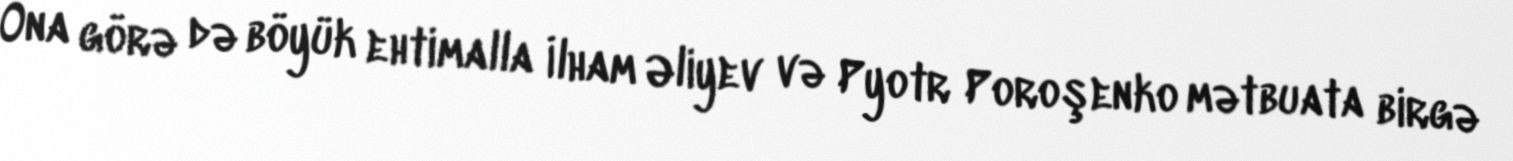
Ona görə də böyük ehtimalla İlham Əliyev və Pyotr Poroşenko mətbuata birgə